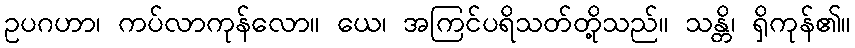
ဥပဂဟာ၊ ကပ်လာကုန်လော။ ယေ၊ အကြင်ပရိသတ်တို့သည်။ သန္တိ၊ ရှိကုန်၏။